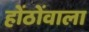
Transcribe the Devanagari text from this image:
होंठोंवाला